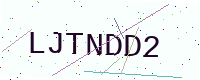
Text: LJTNDD2